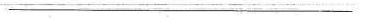
-————